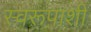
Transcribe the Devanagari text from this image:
स्वरूपाशी